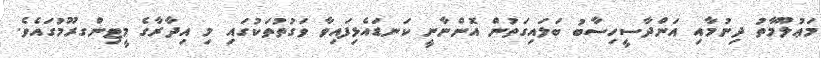
މަޢުލޫމާތު ދިނުމާއި އަންދާސީހިސާބު ބަލައިގަތުން އޮންނާނީ ކަނޑައެޅިފައިވާ ވަގުތުތަކުގައި މި އިދާރާގެ މީޓިންގރޫމުގައެވެ.